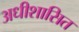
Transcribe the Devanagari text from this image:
अधीशासित